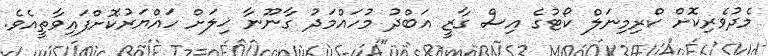
މެދުވެރިކޮށް ކްރިމިނަލް ކޯޓުގެ އިސް ގާޒީ އަބްދު މުހައްމަދު ގާނޫނާ ޚިލަށް ހައްޔަރުކޮށްފައިވާތީއެވެ.